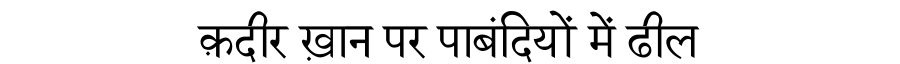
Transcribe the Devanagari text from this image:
क़दीर ख़ान पर पाबंदियों में ढील